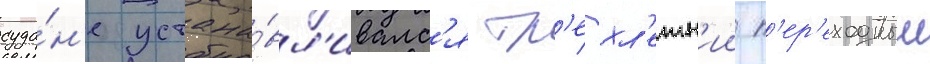
суда́н'е устана́вл'ивалс'я тр'ехл'етн'ии п'ер'еходныи